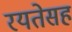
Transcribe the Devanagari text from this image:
रयतेसह